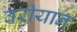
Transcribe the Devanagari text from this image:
वरीयान